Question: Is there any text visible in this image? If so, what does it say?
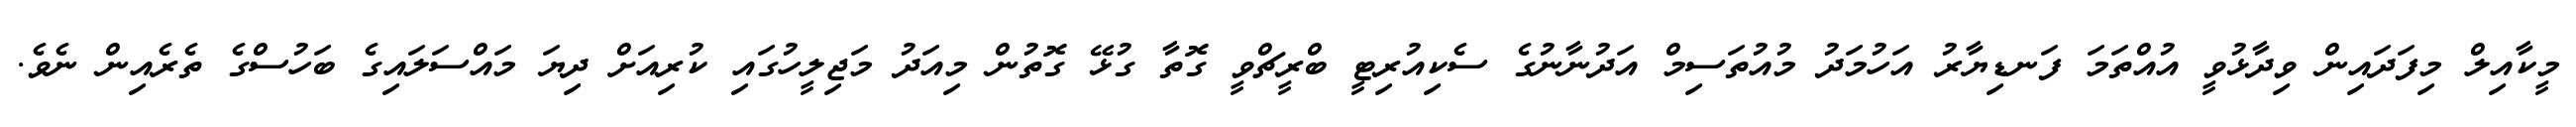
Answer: މީކާއިލް މިފަދައިން ވިދާޅުވީ އުއްތަމަ ފަނޑިޔާރު އަހުމަދު މުއުތަސިމް އަދުނާނުގެ ސެކިއުރިޓީ ބްރީޗްވީ ގޮތާ ގުޅޭ ގޮތުން މިއަދު މަޖިލީހުގައި ކުރިއަށް ދިޔަ މައްސަލައިގެ ބަހުސްގެ ތެރެއިން ނެވެ.